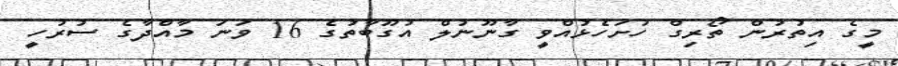
މީގެ އިތުރުން ތޯރިގް ހުށަހެޅުއްވީ ގާނޫނުލް އުގޫބާތުގެ 16 ވަނަ މާއްދާގެ ސުރުހީ